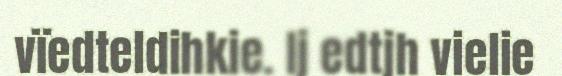
vïedteldihkie. Ij edtjh vielie